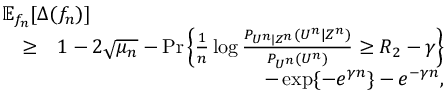
\begin{array} { r l r } { \lefteqn { \mathbb { E } _ { f _ { n } } [ \Delta ( f _ { n } ) ] } } \\ & { \ge } & { 1 - 2 \sqrt { \mu _ { n } } - \operatorname* { P r } \left\{ \frac { 1 } { n } \log \frac { P _ { U ^ { n } | Z ^ { n } } ( U ^ { n } | Z ^ { n } ) } { P _ { U ^ { n } } ( U ^ { n } ) } \ge R _ { 2 } - \gamma \right\} } \\ & { } & { ~ ~ ~ - \exp \{ - e ^ { \gamma n } \} - e ^ { - \gamma n } , } \end{array}